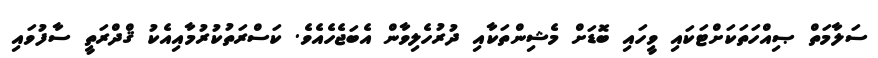
ސަލާމަތް ޞިއްހަތަކަށްޓަކައި ވީހައި ބޮޑަށް މެޝިންތަކާއި ދުރުހެލިވާން އެބަޖެހެއެވެ. ކަސްރަތުކުރުމާއިއެކު ޤްދްރަތީ ސާފުވައި